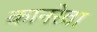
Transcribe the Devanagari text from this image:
कानरेवा